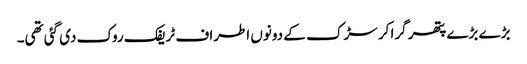
بڑے بڑے پتھر گرا کر سڑک کے دونوں اطراف ٹریفک روک دی گئی تھی۔